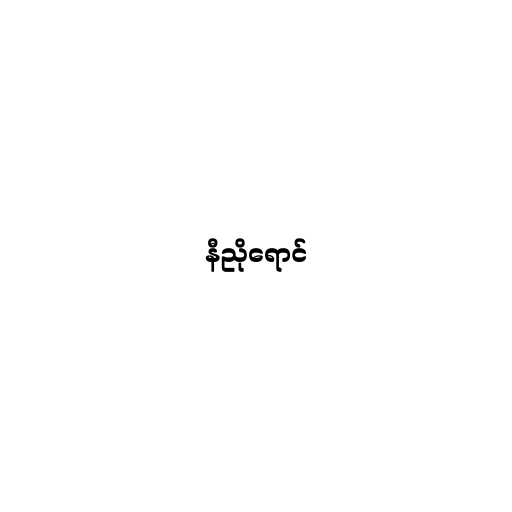
နီညိုရောင်